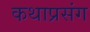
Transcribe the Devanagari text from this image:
कथाप्रसंग